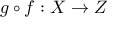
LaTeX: g \circ f : X \to Z